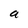
Character: a